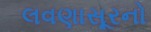
લવણાસૂરનો